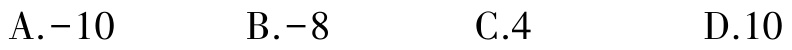
A.$-10$  B.$-8$  C.$4$  D.$10$